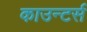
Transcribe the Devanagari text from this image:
काउन्टर्स